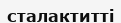
сталактитті